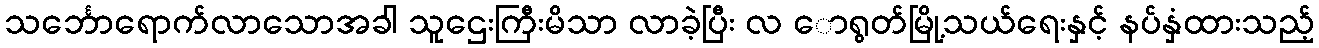
သင်္ဘောရောက်လာသောအခါ သူဌေးကြီးမိသာ လာခဲ့ပြီး လ ောရွတ်မြို့သယ်ရေးနှင့် နပ်နှံထားသည့်